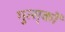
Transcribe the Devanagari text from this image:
गुत्स्‌कों